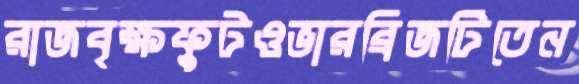
রাজবৃক্ষফুটওভারব্রিজটিতেন